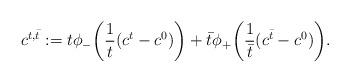
LaTeX: \begin{align*}c^{t,\bar t} := t\phi_-\bigg( \frac 1 t (c^t-c^0) \bigg) + \bar t \phi_+\bigg( \frac{1}{\bar t} (c^{\bar t}-c^0) \bigg).\end{align*}